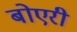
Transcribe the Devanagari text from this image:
बोएरी